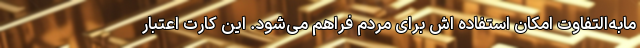
مابه‌التفاوت امکان استفاده اش برای مردم فراهم می‌شود. این کارت اعتبار